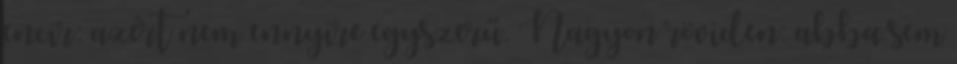
encir: azért nem ennyire egyszerű. Nagyon röviden: abba sem